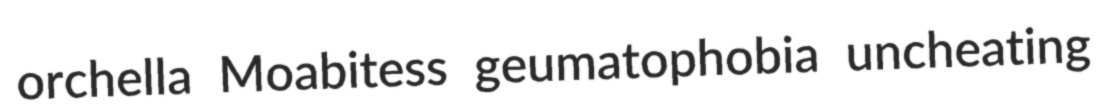
orchella Moabitess geumatophobia uncheating